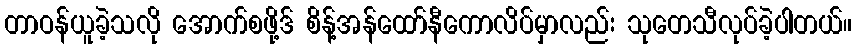
တာဝန်ယူခဲ့သလို အောက်စဖို့ဒ် စိန့်အန်ထော်နီကောလိပ်မှာလည်း သုတေသီလုပ်ခဲ့ပါတယ်။